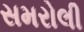
સમરોલી